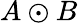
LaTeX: A\odot B